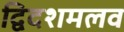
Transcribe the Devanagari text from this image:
द्विदशमलव